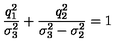
\frac { q _ { 1 } ^ { 2 } } { \sigma _ { 3 } ^ { 2 } } + \frac { q _ { 2 } ^ { 2 } } { \sigma _ { 3 } ^ { 2 } - \sigma _ { 2 } ^ { 2 } } = 1